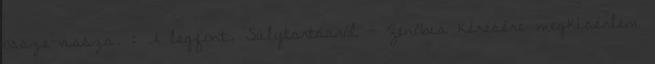
össze-vissza. : A legfont. Súlytartásról - Zenóbia kérésére megkísérlem